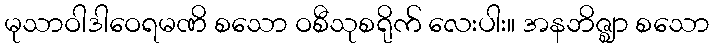
မုသာဝါဒါဝေရမဏိ စသော ဝစီသုစရိုက် လေးပါး။ အနဘိဇ္ဈာ စသော